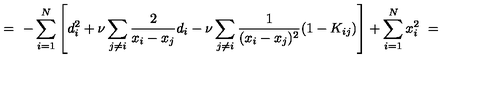
= \ - \sum _ { i = 1 } ^ { N } \left[ d _ { i } ^ { 2 } + \nu \sum _ { j \neq i } \frac 2 { x _ { i } - x _ { j } } d _ { i } - \nu \sum _ { j \neq i } \frac 1 { ( x _ { i } - x _ { j } ) ^ { 2 } } ( 1 - K _ { i j } ) \right] + \sum _ { i = 1 } ^ { N } x _ { i } ^ { 2 } \ =